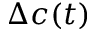
\Delta c ( t )